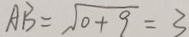
A B = \sqrt { 0 } + 9 = 3